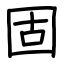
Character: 固